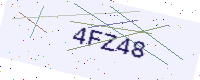
Text: 4FZ48